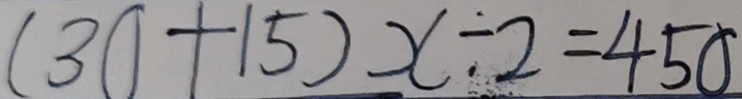
( 3 ( 1 + 1 5 ) x \div 2 = 4 5 0